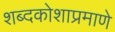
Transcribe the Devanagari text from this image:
शब्दकोशाप्रमाणे